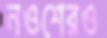
নওশেরও